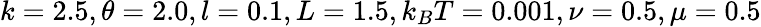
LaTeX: k=2.5,\theta=2.0,l=0.1,L=1.5,k_{B}T=0.001,\nu=0.5,\mu=0.5